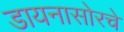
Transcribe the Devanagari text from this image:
डायनासोरचे